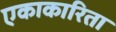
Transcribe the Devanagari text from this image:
एकाकारिता